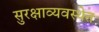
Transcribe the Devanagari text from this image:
सुरक्षाव्यवस्थेत